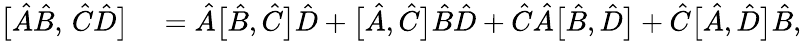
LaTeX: \begin{array}{rl}{\bigl[\hat{A}\hat{B},\, \hat{C}\hat{D}\bigr]}&{{}=\hat{A}\bigl[\hat{B},\hat{C}\bigr]\hat{D}+\bigl[\hat{A},\hat{C}\bigr]\hat{B}\hat{D}+\hat{C}\hat{A}\bigl[\hat{B},\hat{D}\bigr]+\hat{C}\bigl[\hat{A},\hat{D}\bigr]\hat{B},}\end{array}